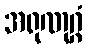
အရုဏုဂ္ဂံ